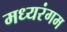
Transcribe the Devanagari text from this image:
मध्यरंगम